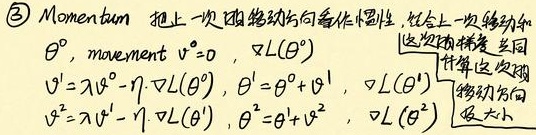
\textcircled{3} Momentum 把上一次的移动方向看作惯性，结合上一次移动和\(\theta\)，movement \(v^{0}=0\)，\(\nabla L(\theta^{0})\)
\[
\begin{align*}
v^{1}&=\lambda v^{0}-\eta\cdot\nabla L(\theta^{0})\\
\theta^{1}&=\theta^{0}+v^{1}\\
\nabla L(\theta^{1})\\
v^{2}&=\lambda v^{1}-\eta\cdot\nabla L(\theta^{1})\\
\theta^{2}&=\theta^{1}+v^{2}\\
\nabla L(\theta^{2})
\end{align*}
\]
（这里箭头旁文字：这次移动方向及大小，计算这次的移动方向）